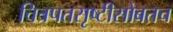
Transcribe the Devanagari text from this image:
चित्रपतसृष्टीसोबतच